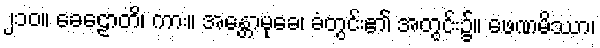
၂၁၀။ ခေဠောတိ၊ ကား။ အန္တောမုခေ၊ ခံတွင်း၏ အတွင်း၌။ ဖေဏမိဿာ၊